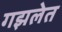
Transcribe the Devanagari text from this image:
गझलेत